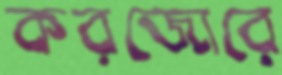
করজোরে